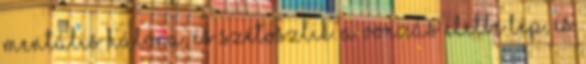
mentális hálóra, és szétoszlik. A vonzás életbe lép, és